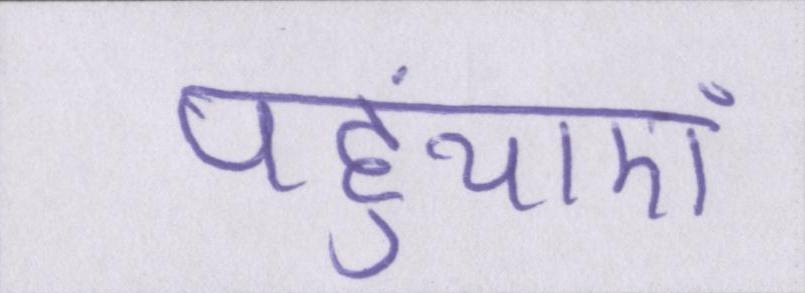
पहुंचाएं